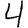
Digit: 4